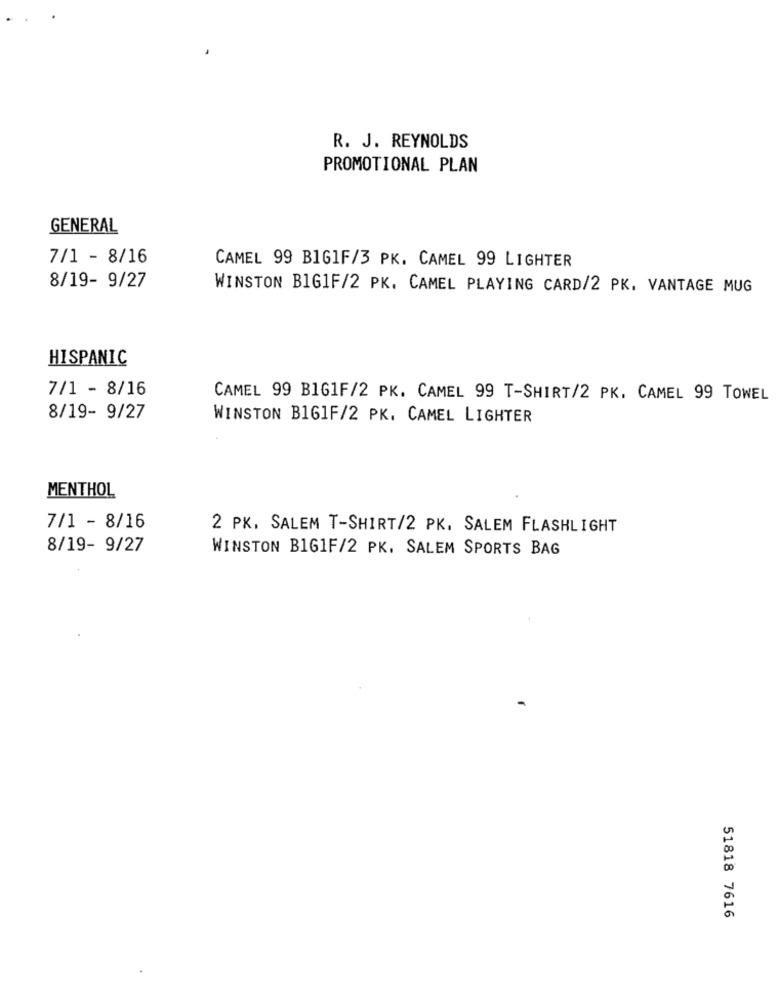
R. J. REYNOLDS
PROMOTIONAL PLAN
GENERAL
7/1 - 8/16
CAMEL 99 B1GIF/3 PK. CAMEL 99 LIGHTER
8/19- 9/27
WINSTON BIG1F/2 PK. CAMEL PLAYING CARD/2 PK. VANTAGE MUG
HISPANIC
7/1 - 8/16
CAMEL 99 B1G1F/2 PK. CAMEL 99 T-SHIRT/2 PK. CAMEL 99 TOWEL
8/19- 9/27
WINSTON B161F/2 PK. CAMEL LIGHTER
MENTHOL
7/1 - 8/16
2 PK, SALEM T-SHIRT/2 PK. SALEM FLASHLIGHT
8/19- 9/27
WINSTON BIG1F/2 PK. SALEM SPORTS BAG
51818 7616